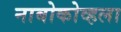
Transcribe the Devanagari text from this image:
नाबोकोव्हला